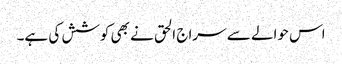
اس حوالے سے سراج الحق نے بھی کوشش کی ہے۔